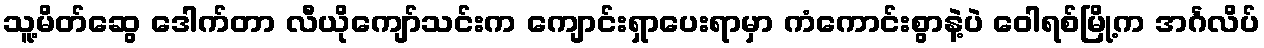
သူ့မိတ်ဆွေ ဒေါက်တာ လီယိုကျော်သင်းက ကျောင်းရှာပေးရာမှာ ကံကောင်းစွာနဲ့ပဲ ဝေါရစ်မြို့က အင်္ဂလိပ်